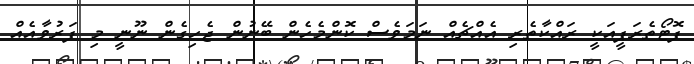
ފޮޓޯތެރަޕީއަކީ ރައްކާތެރި އެއްޗެއް ނަމަވެސް ކޮންމެހެން ބޭނުން ޖެހިގެން ނޫނީ މި ފަރުވާއެއް